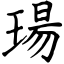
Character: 瑒